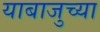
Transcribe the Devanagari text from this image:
याबाजुच्या